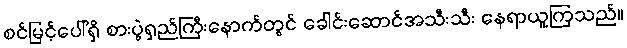
စင်မြင့်ပေါ်ရှိ စားပွဲရှည်ကြီးနောက်တွင် ခေါင်းဆောင်အသီးသီး နေရာယူကြသည်။